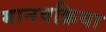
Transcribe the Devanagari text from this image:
मानवक्रिया